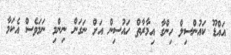
އައްޑޫ ކައުންސިލް ހިންގާ އިމާރާތް ހައުސިން އަށް ނަގަން ނިންމި ނަމަވެސް އެކަމާ